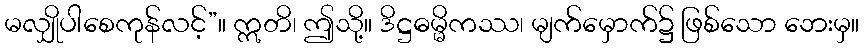
မလျှိုပါစေကုန်လင့်”။ ဣတိ၊ ဤသို့။ ဒိဋ္ဌဓမ္မိကဿ၊ မျက်မှောက်၌ ဖြစ်သော ဘေးမှ။